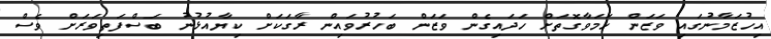
އިހުޒަމާނުގައި ވަޒަން ހަމަވާގޮތަށް ހަދައިގެން ވަޒަން ބަހުރުވައިން ރާގަކަށް ކިޔާއުޅުނު ބަސްފަތިވަރަށް ވެސް